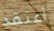
أعتقد